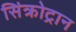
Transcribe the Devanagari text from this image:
सिंक्रोट्रान